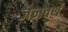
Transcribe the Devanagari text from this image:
जेनवर्थ